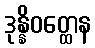
ဒုန္နိဝတ္ထေန